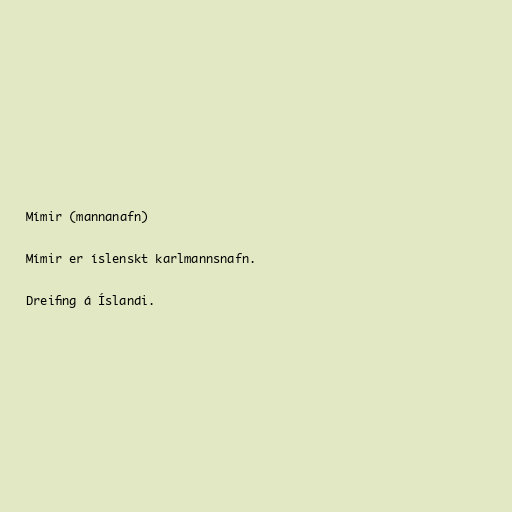
Mímir (mannanafn)

Mímir er íslenskt karlmannsnafn.

Dreifing á Íslandi.